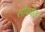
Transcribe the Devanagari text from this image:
सोवयेत